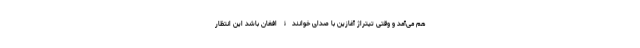
هم می‌آمد و وقتی تیتراژ آغازین با صدای خوانندۀ افغان باشد این انتظار